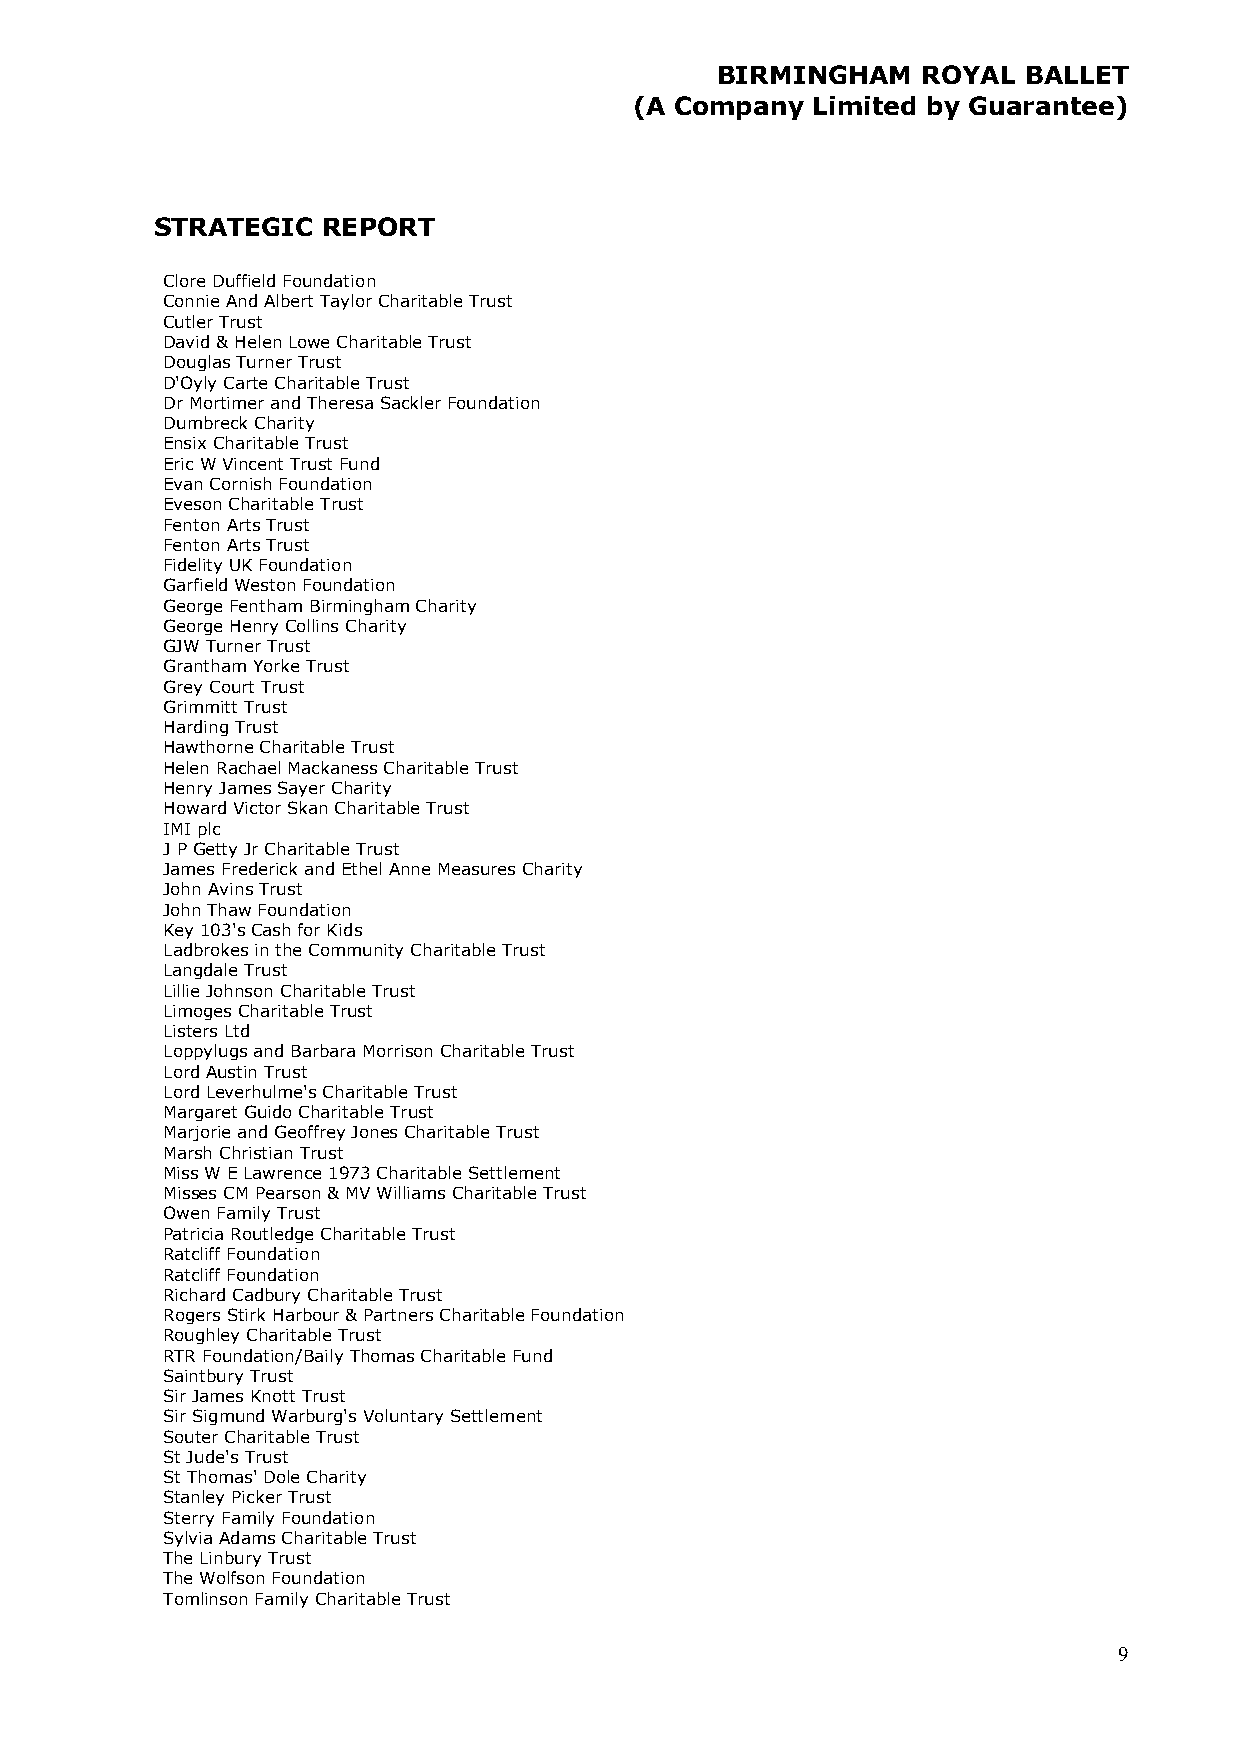
BIRMINGHAM    ROYAL  BALLET
 (A Company  Limited by Guarantee)
 STRATEGIC  REPORT
 Clore Duffield Foundation
 Connie And Albert Taylor Charitable Trust
 Cutler Trust
 David & Helen Lowe Charitable Trust
 Douglas Turner Trust
 D'Oyly Carte Charitable Trust
 Dr Mortimer and Theresa Sackler Foundation
 Dumbreck Charity
 Ensix Charitable Trust
 Eric W Vincent Trust Fund
 Evan Cornish Foundation
 Eveson Charitable Trust
 Fenton Arts Trust
 Fenton Arts Trust
 Fidelity UK Foundation
 Garfield Weston Foundation
 George Fentham Birmingham Charity
 George Henry Collins Charity
 GJW Turner Trust
 Grantham Yorke Trust
 Grey Court Trust
 Grimmitt Trust
 Harding Trust
 Hawthorne Charitable Trust
 Helen Rachael Mackaness Charitable Trust
 Henry James Sayer Charity
 Howard Victor Skan Charitable Trust
 IMI plc
 J P Getty Jr Charitable Trust
 James Frederick and Ethel Anne Measures Charity
 John Avins Trust
 John Thaw Foundation
 Key 103's Cash for Kids
 Ladbrokes in the Community Charitable Trust
 Langdale Trust
 Lillie Johnson Charitable Trust
 Limoges Charitable Trust
 Listers Ltd
 Loppylugs and Barbara Morrison Charitable Trust
 Lord Austin Trust
 Lord Leverhulme's Charitable Trust
 Margaret Guido Charitable Trust
 Marjorie and Geoffrey Jones Charitable Trust
 Marsh Christian Trust
 Miss W E Lawrence 1973 Charitable Settlement
 Misses CM Pearson & MV Williams Charitable Trust
 Owen Family Trust
 Patricia Routledge Charitable Trust
 Ratcliff Foundation
 Ratcliff Foundation
 Richard Cadbury Charitable Trust
 Rogers Stirk Harbour & Partners Charitable Foundation
 Roughley Charitable Trust
 RTR Foundation/Baily Thomas Charitable Fund
 Saintbury Trust
 Sir James Knott Trust
 Sir Sigmund Warburg's Voluntary Settlement
 Souter Charitable Trust
 St Jude's Trust
 St Thomas' Dole Charity
 Stanley Picker Trust
 Sterry Family Foundation
 Sylvia Adams Charitable Trust
 The Linbury Trust
 The Wolfson Foundation
 Tomlinson Family Charitable Trust
 9